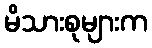
မိသားစုများက